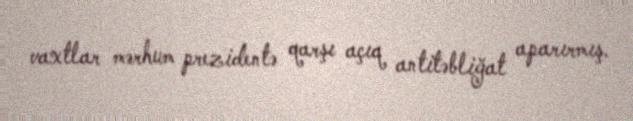
vaxtlar mərhum prezidentə qarşı açıq antitəbliğat aparırmış.